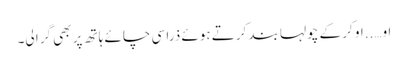
او…..او کر کے چولہا بند کرتے ہوئے ذرا سی چائے ہاتھ پر بھی گرا لی۔